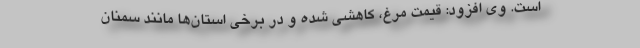
است. وی افزود: قیمت مرغ، کاهشی شده و در برخی استان‌ها مانند سمنان